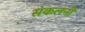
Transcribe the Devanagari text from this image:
संकलनी